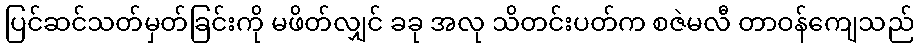
ပြင်ဆင်သတ်မှတ်ခြင်းကို မဖိတ်လျှင် ခခု အလု သိတင်းပတ်က စဇဲမလီ တာဝန်ကျေသည်